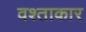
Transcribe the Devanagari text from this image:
वश्ताकार